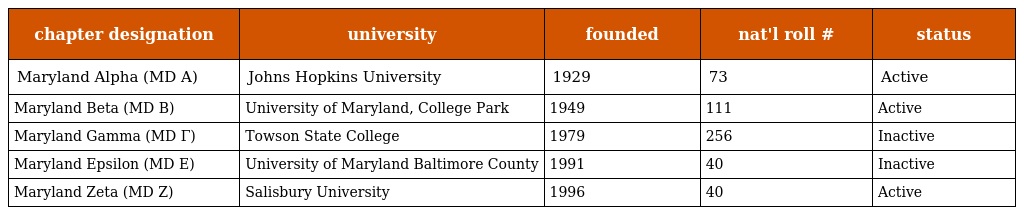
| chapter designation | university | founded | nat'l roll # | status |
 | --- | --- | --- | --- | --- |
 | Maryland Alpha (MD A) | Johns Hopkins University | 1929 | 73 | Active |
 | Maryland Beta (MD B) | University of Maryland, College Park | 1949 | 111 | Active |
 | Maryland Gamma (MD Γ) | Towson State College | 1979 | 256 | Inactive |
 | Maryland Epsilon (MD E) | University of Maryland Baltimore County | 1991 | 40 | Inactive |
 | Maryland Zeta (MD Z) | Salisbury University | 1996 | 40 | Active |